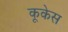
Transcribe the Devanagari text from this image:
कूकेस